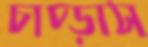
চাপ্‌ড়াস